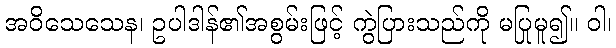
အဝိသေသေန၊ ဥပါဒါန်၏အစွမ်းဖြင့် ကွဲပြားသည်ကို မပြုမူ၍။ ဝါ၊